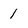
Character: 1